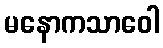
မနောကသာဝေါ